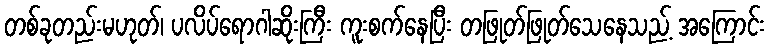
တစ်ခုတည်းမဟုတ်၊ ပလိပ်ရောဂါဆိုးကြီး ကူးစက်နေပြီး တဖြုတ်ဖြုတ်သေနေသည့် အကြောင်း